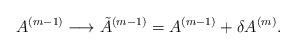
LaTeX: \begin{align*}A^{(m-1)} \longrightarrow {\tilde{A}}^{(m-1)}=A^{(m-1)} + {\delta A^{(m)}}. \end{align*}